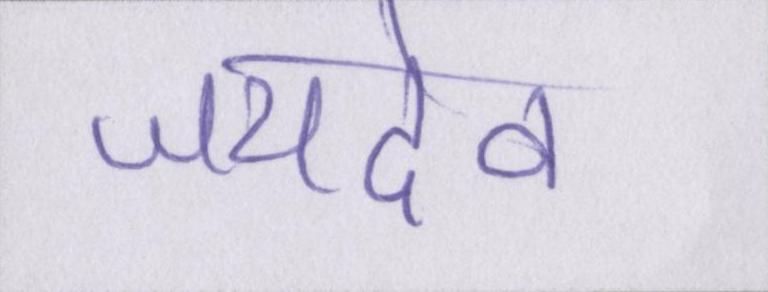
जयदेव